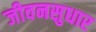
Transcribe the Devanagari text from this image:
जीवनसुधार